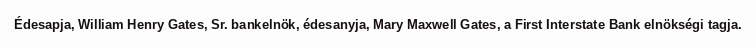
Édesapja, William Henry Gates, Sr. bankelnök, édesanyja, Mary Maxwell Gates, a First Interstate Bank elnökségi tagja.